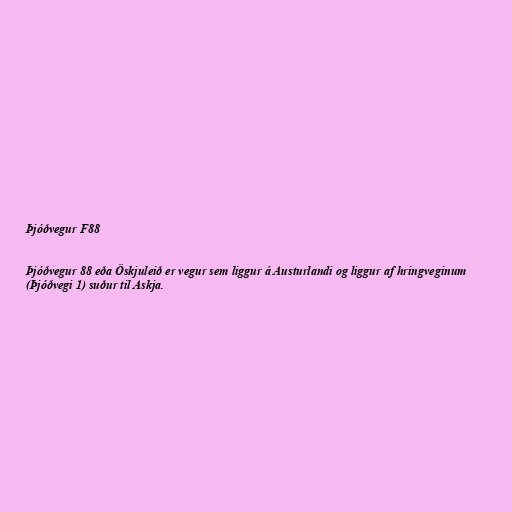
Þjóðvegur F88

Þjóðvegur 88 eða Öskjuleið er vegur sem liggur á Austurland‎i og liggur af hringveginum
(Þjóðvegi 1) suður til Askja.